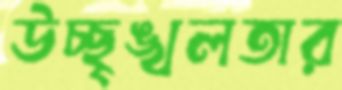
উচ্ছৃঙ্খলতার